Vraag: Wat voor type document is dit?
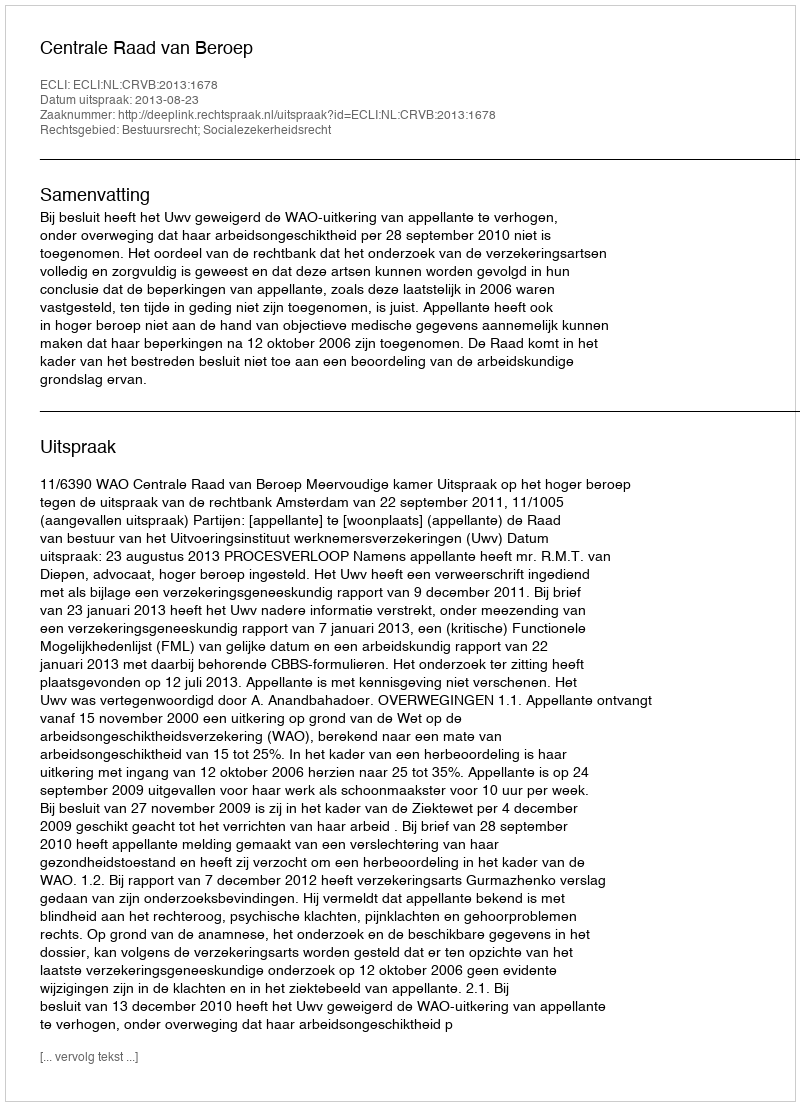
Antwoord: Uitspraak